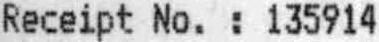
RECEIPT NO. : 135914